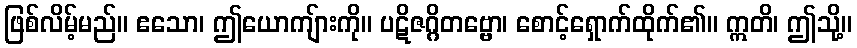
ဖြစ်လိမ့်မည်။ ဧသော၊ ဤယောကျ်ားကို။ ပဋိဇဂ္ဂိတဗ္ဗော၊ စောင့်ရှောက်ထိုက်၏။ ဣတိ၊ ဤသို့။